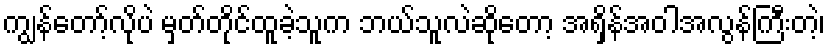
ကျွန်တော့်လိုပဲ မှတ်တိုင်ထူခဲ့သူက ဘယ်သူလဲဆိုတော့ အရှိန်အဝါအလွန်ကြီးတဲ့၊